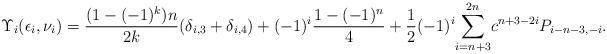
LaTeX: \begin{align*} \Upsilon_i(\epsilon_i,\nu_i) &= \frac{(1-(-1)^k)n}{2k}(\delta_{i,3}+\delta_{i,4})+(-1)^i\frac{1-(-1)^n}{4} +\frac{1 }{2} (-1)^i \displaystyle{\sum_{i=n+3}^{2n}}c^{n+3-2i} P_{i-n-3,-i}.\end{align*}